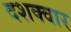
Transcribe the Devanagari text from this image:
दशक्वार